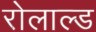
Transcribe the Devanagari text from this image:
रोलाल्ड